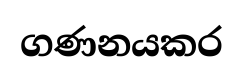
ගණනයකර